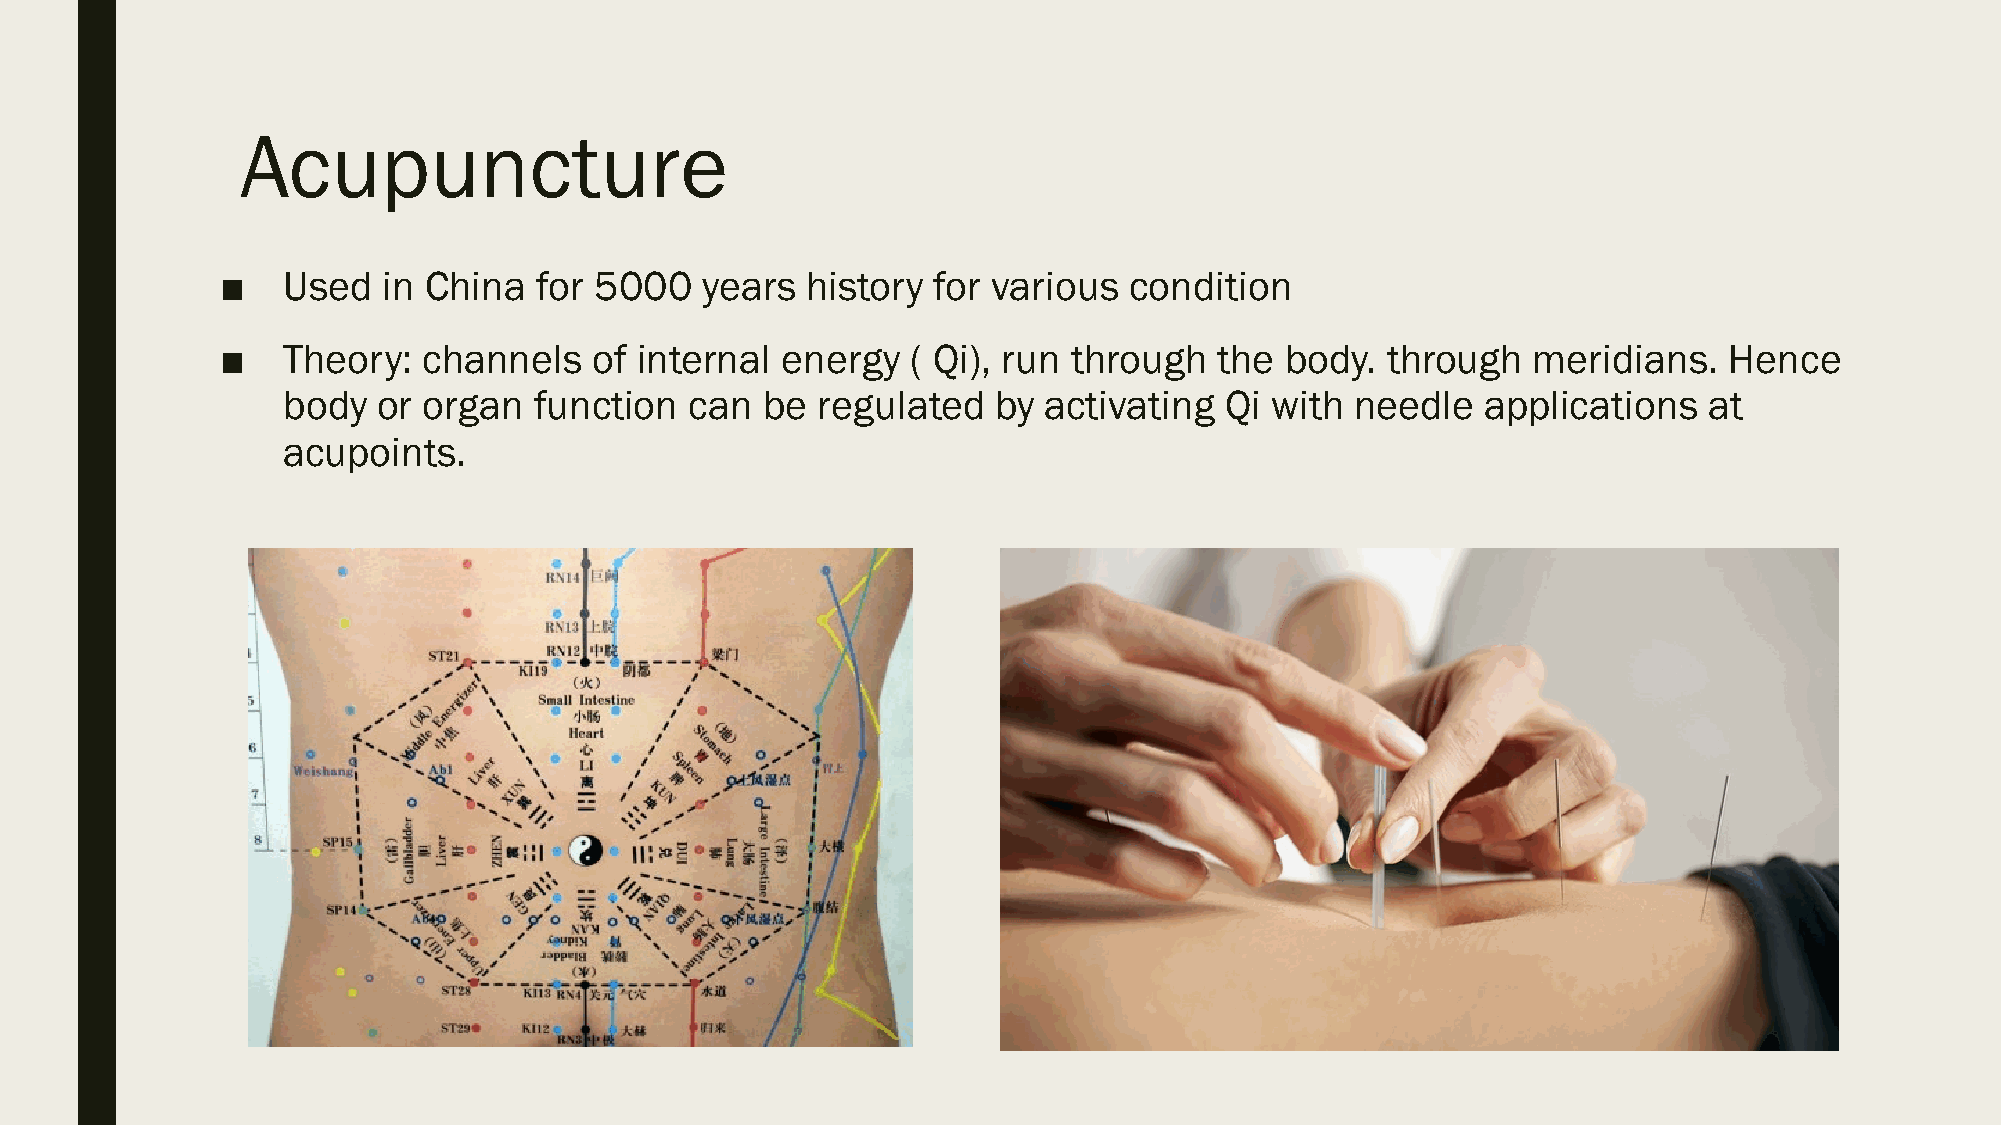
Acupuncture
 ■   Used  in China   for 5000  years  history  for various  condition
 ■   Theory:  channels   of internal  energy  ( Qi), run through   the body.  through  meridians.   Hence
 body  or organ  function   can  be regulated   by activating  Qi with  needle  applications   at
 acupoints.